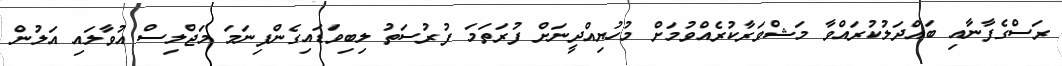
ރަސްގެފާނާއި ބައްދަލުކުރައްވާ މަޝްވަރާކުރެއްވުމަށް މުހުޔިއްދީނަށް ފުރަތަމަ ފުރުސަތު ލިބިވަޑައިގެންފިނަމަ މަޖްލިސް އުވާލައި އަލުން